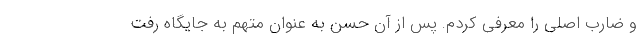
و ضارب اصلی را معرفی کردم. پس از آن حسن به عنوان متهم به جایگاه رفت